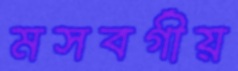
মসবর্গীয়